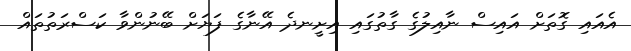
އެއައި ގޮތަށް އައިސް ނާއިލުގެ ގާތުގައި އިށީނދެ އޭނާގެ ފަޔަށް ބޭނުންވާ ކަސްރަތުތައް